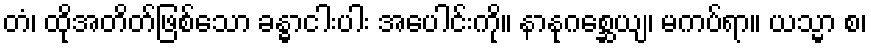
တံ၊ ထိုအတိတ်ဖြစ်သော ခန္ဓာငါးပါး အပေါင်းကို။ နာနုဂစ္ဆေယျ၊ မကပ်ရာ။ ယသ္မာ စ၊